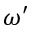
\omega ^ { \prime }